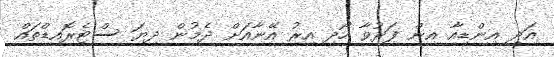
އަދި އިންޑިއާ އިން ފަރުވާ ހޯދި އިރު އޭނާއަށް ދެމުން ދިޔަ ސްޓެރޮއިޑްތައް